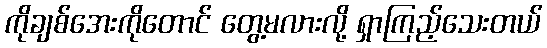
ကိုချစ်အေးကိုတောင် တွေ့မလားလို့ ရှာကြည့်သေးတယ်